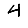
Digit: 4